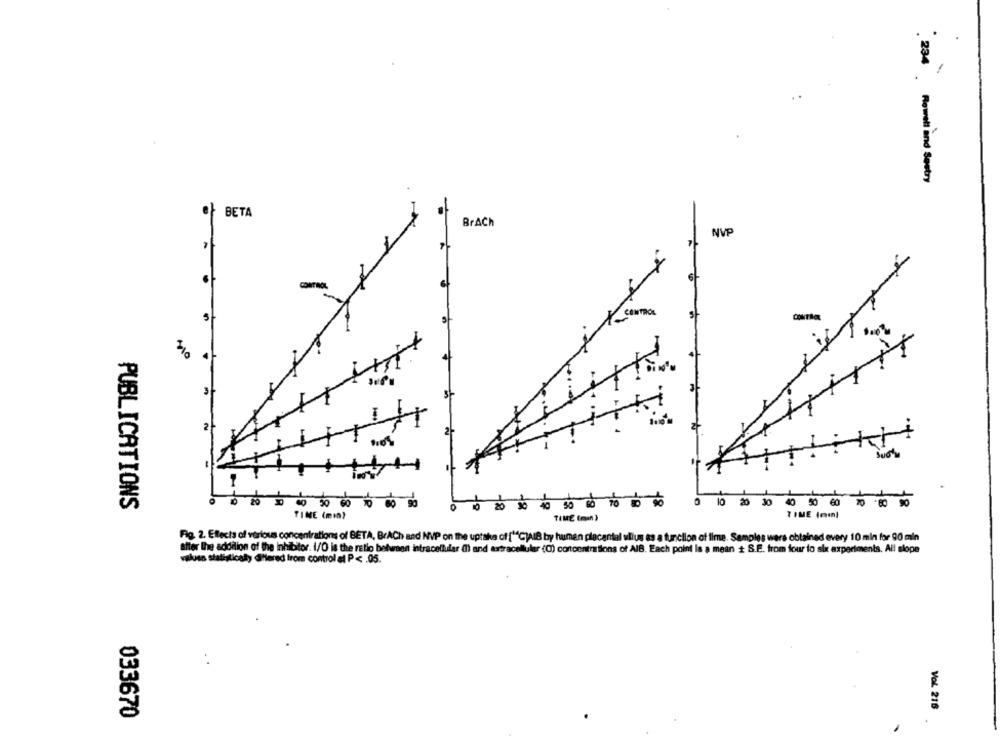
234 Rowell and Sestry
BETA
BrACh
NVE
4
0 10 20 30 40 50 60 70 .80 50
PUBLICATIONS
TIME (mint
TIME (min)
TIME (min)
Fig. 2. Effects of various concentrations of BETA, BrÄCh and NVP on the uptake of [1C)AIB by human placental ullus as a function of ilme. Samples wars obtained every 10 min for 90 min
after the addition of the inhibitor. 1/0 is the ratio between intracellular (I) and extracellular (C) concentrations of AIB. Each point Is a mean + S.E. from four to six experiments. All slope
values statisticaly @flered Irom control al P< . 05.
:
Vol. 216
033670